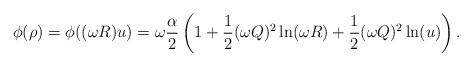
LaTeX: \begin{align*}\phi(\rho) = \phi((\omega R) u) = \omega \frac{\alpha}{2}\left ( 1 + \frac{1}{2}(\omega Q)^2 \ln(\omega R) + \frac{1}{2} (\omega Q)^2 \ln(u) \right ).\end{align*}